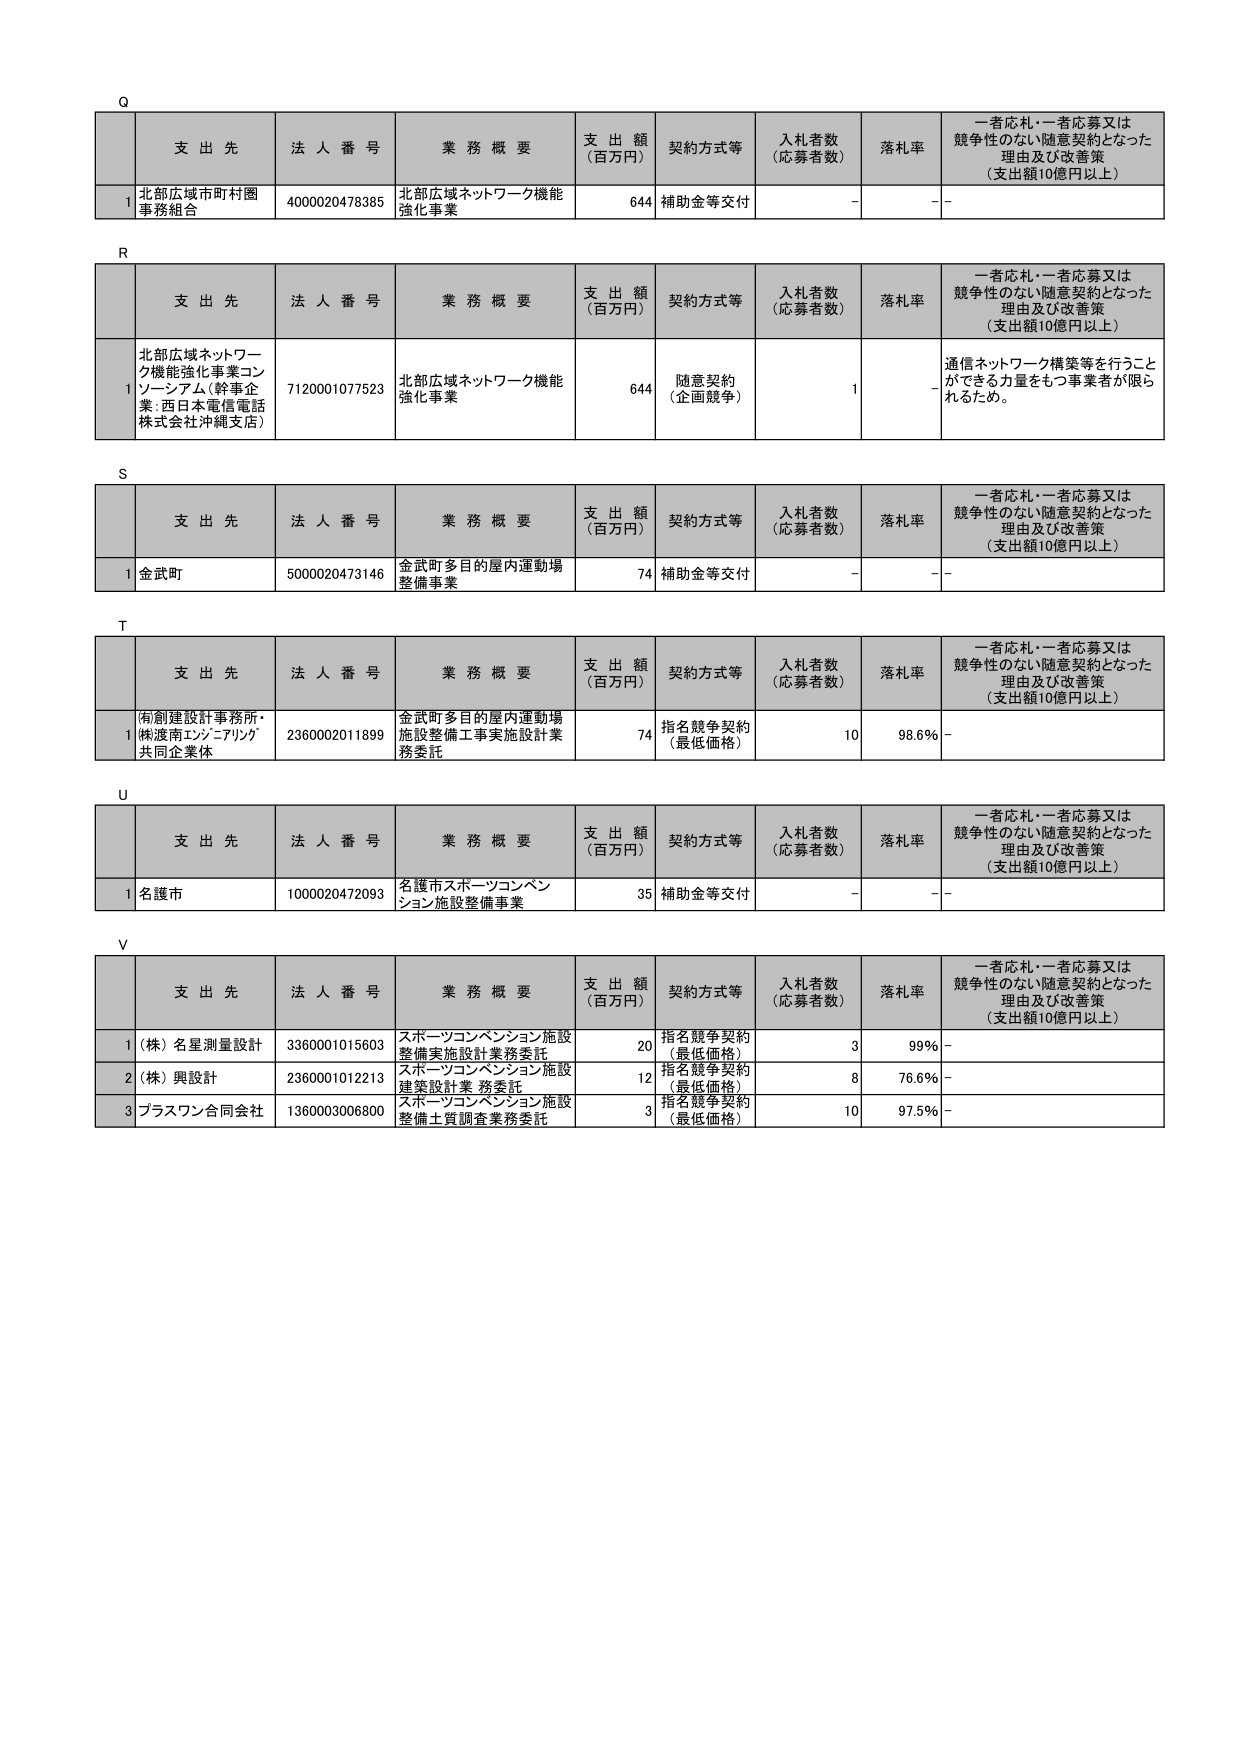
Q
支 出 先 法 人 番 号 業 務 概 要 支 出 額 （百万円） 契約方式等 入札者数 （応募者数） 落札率 一者応札・一者応募又は 競争性のない随意契約となった 理由及び改善策 （支出額10億円以上）
1 北部広域市町村圏 事務組合 4000020478385 北部広域ネットワーク機能 強化事業 644 補助金等交付 - -

R
支 出 先 法 人 番 号 業 務 概 要 支 出 額 （百万円） 契約方式等 入札者数 （応募者数） 落札率 一者応札・一者応募又は 競争性のない随意契約となった 理由及び改善策 （支出額10億円以上）
1 北部広域ネットワー ク機能強化事業コン ソーシアム（幹事企 業：西日本電信電話 株式会社沖縄支店） 7120001077523 北部広域ネットワーク機能 強化事業 644 随意契約 （企画競争） 1 - 通信ネットワーク構築等を行うこと ができる力量をもつ事業者が限ら れるため。

S
支 出 先 法 人 番 号 業 務 概 要 支 出 額 （百万円） 契約方式等 入札者数 （応募者数） 落札率 一者応札・一者応募又は 競争性のない随意契約となった 理由及び改善策 （支出額10億円以上）
1 金武町 5000020473146 金武町多目的屋内運動場 整備事業 74 補助金等交付 - -

T
支 出 先 法 人 番 号 業 務 概 要 支 出 額 （百万円） 契約方式等 入札者数 （応募者数） 落札率 一者応札・一者応募又は 競争性のない随意契約となった 理由及び改善策 （支出額10億円以上）
1 南創建設計事務所・ 楠渡南エンジニアリング 共同企業体 2360002011899 金武町多目的屋内運動場 施設整備工事実施設計業 務委託 74 指名競争契約 （最低価格） 10 98.6% -

U
支 出 先 法 人 番 号 業 務 概 要 支 出 額 （百万円） 契約方式等 入札者数 （応募者数） 落札率 一者応札・一者応募又は 競争性のない随意契約となった 理由及び改善策 （支出額10億円以上）
1 名護市 1000020472093 名護市スポーツコンベン ション施設整備事業 35 補助金等交付 - -

V
支 出 先 法 人 番 号 業 務 概 要 支 出 額 （百万円） 契約方式等 入札者数 （応募者数） 落札率 一者応札・一者応募又は 競争性のない随意契約となった 理由及び改善策 （支出額10億円以上）
1 （株）名星測量設計 3360001015603 スポーツコンベンション施設 整備実施設計業務委託 20 指名競争契約 （最低価格） 3 99% -
2 （株）興設計 2360001012213 スポーツコンベンション施設 建築設計業務委託 12 指名競争契約 （最低価格） 8 76.6% -
3 プラスワン合同会社 1360003006800 スポーツコンベンション施設 整備土質調査業務委託 3 指名競争契約 （最低価格） 10 97.5% -